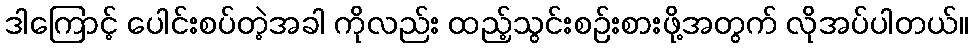
ဒါကြောင့် ပေါင်းစပ်တဲ့အခါ ကိုလည်း ထည့်သွင်းစဉ်းစားဖို့အတွက် လိုအပ်ပါတယ်။